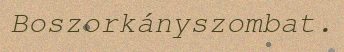
Boszorkányszombat.